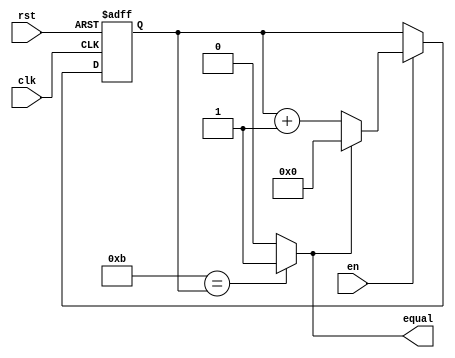
/*----------------------------------------------------------------------------------------
** MODULE NAME: delayer.v
** DESCRIPTION: Customized counter
** INPUTS: 		clk, rst, en
** OUTPUTS:  	equal
** VERSION:  	1.0
** DATE:    	05 / 10 / 22
** -------------------------------------------------------------------------------------- */
module delayer
#(parameter YY = 10)	// It is required 27-bits to represent 100,000,000 counts
(
	input clk, 
	input rst,
	input en,
	output equal
);

localparam WIDTH = $clog2(YY);
reg [WIDTH-1:0] counter;

// Comparator with the couner
assign equal = (YY + 1 == (counter)) ? 1'b1 : 1'b0;

// Counter
always@(posedge clk, posedge rst)
	begin
		if(rst)
			counter <= {WIDTH{1'b0}};
		else
			if(en)
				if(equal)
					counter <= {WIDTH{1'b0}};
				else 
					counter <=  counter + 1'b1;
			else
				counter <= counter;
	end

endmodule